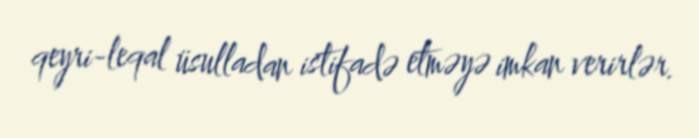
qeyri-leqal üsulladan istifadə etməyə imkan verirlər.